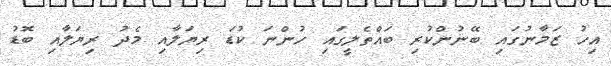
އިހު ޒަމާނުގައި ބޭނުންކުރި ބައްތެލީގައި ހުންނަ ކުޑަ ރިޔަލާއި މެދު ރިޔަލާއި ބޮޑު